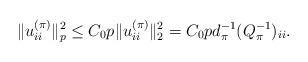
LaTeX: \begin{align*}\|u_{ii}^{(\pi)}\|_p^2\leq C_0 p \|u_{ii}^{(\pi)}\|_2^2 = C_0 p d_\pi^{-1}(Q_\pi^{-1})_{ii}.\end{align*}